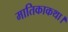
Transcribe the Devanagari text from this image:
मातिकाकथा।